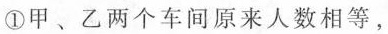
①甲、乙两个车间原来人数相等，